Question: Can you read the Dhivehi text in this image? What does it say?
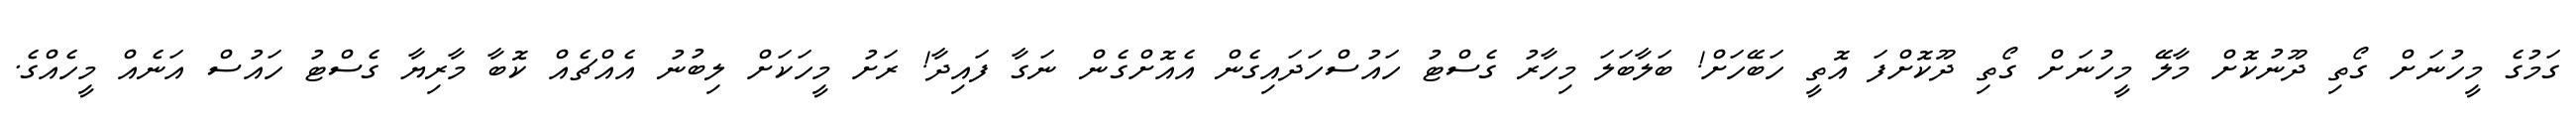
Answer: ގަމުގެ މީހުނަށް ގޯތި ދޫނުކޮށް މާލޭ މީހުނަށް ގޯތި ދޫކޮށްފަ އޮތީ ހަބޭހަށް! ބަލާބަލަ މިހާރު ގެސްޓު ހައުސްހަދައިގެން އެއޮށްގެން ނަގާ ފައިދާ! ރަށު މީހަކަށް ލިބުނު އެއްޗެއް ކޮބާ މާރިޔާ ގެސްޓު ހައުސް އަނެއް މީހެއްގެ.